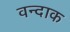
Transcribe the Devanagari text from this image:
वन्दाक